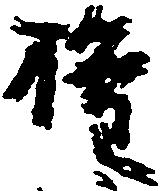
権